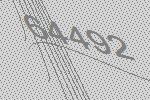
64492